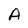
Character: A